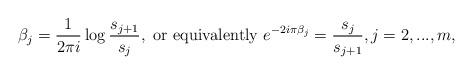
LaTeX: \begin{align*}\beta_{j} = \frac{1}{2\pi i}\log \frac{s_{j+1}}{s_{j}}, \mbox{ or equivalently } e^{-2i\pi \beta_{j}} = \frac{s_{j}}{s_{j+1}}, j = 2,...,m,\end{align*}